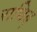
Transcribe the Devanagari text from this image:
राथिब्